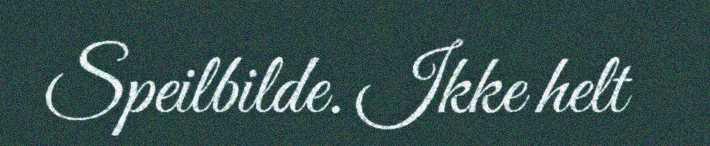
Speilbilde. Ikke helt